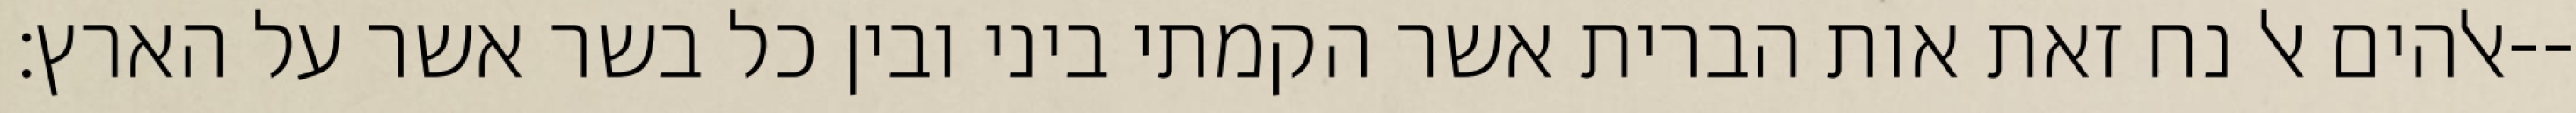
אלהים אל נח זאת אות הברית אשר הקמתי ביני ובין כל בשר אשר על הארץ׃--